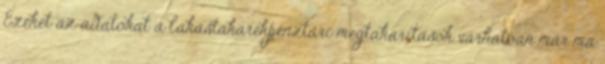
Ezeket az adatokat a lakástakarékpénztári megtakarítások várhatóan már ma